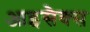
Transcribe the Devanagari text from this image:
आइसैक्स